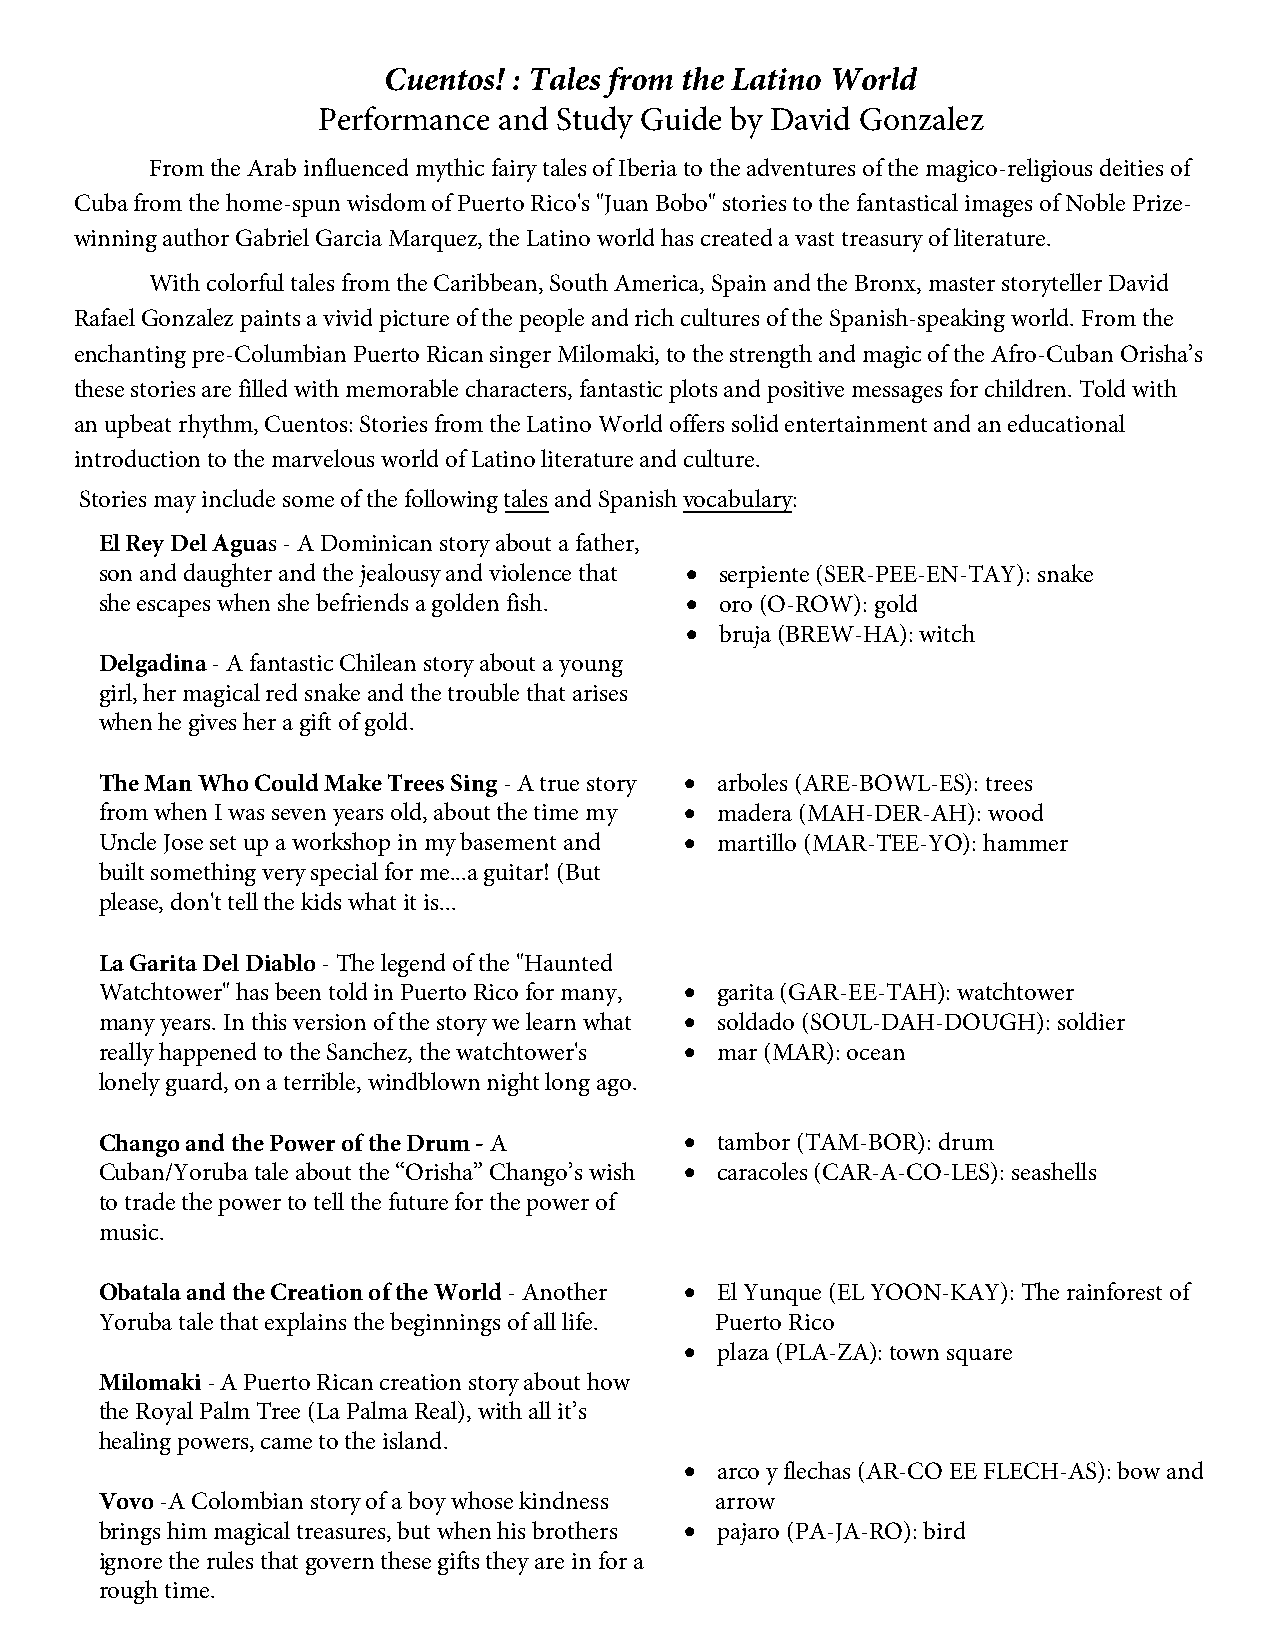
Cuentos! : Tales from the Latino World
 Performance and Study Guide by David Gonzalez
 From the Arab influenced mythic fairy tales of Iberia to the adventures of the magico-religious deities of
 Cuba from the home-spun wisdom of Puerto Rico's "Juan Bobo" stories to the fantastical images of Noble Prize-
 winning author Gabriel Garcia Marquez, the Latino world has created a vast treasury of literature.
 With colorful tales from the Caribbean, South America, Spain and the Bronx, master storyteller David
 Rafael Gonzalez paints a vivid picture of the people and rich cultures of the Spanish-speaking world. From the
 enchanting pre-Columbian Puerto Rican singer Milomaki, to the strength and magic of the Afro-Cuban Orisha’s
 these stories are filled with memorable characters, fantastic plots and positive messages for children. Told with
 an upbeat rhythm, Cuentos: Stories from the Latino World offers solid entertainment and an educational
 introduction to the marvelous world of Latino literature and culture.
 Stories may include some of the following tales and Spanish vocabulary:
 El Rey Del Aguas - A Dominican story about a father,
 son and daughter and the jealousy and violence that • serpiente (SER-PEE-EN-TAY): snake
 she escapes when she befriends a golden fish. • oro (O-ROW): gold
 •  bruja (BREW-HA): witch
 Delgadina - A fantastic Chilean story about a young
 girl, her magical red snake and the trouble that arises
 when he gives her a gift of gold.
 The Man Who Could Make Trees Sing - A true story • arboles (ARE-BOWL-ES): trees
 from when I was seven years old, about the time my • madera (MAH-DER-AH): wood
 Uncle Jose set up a workshop in my basement and • martillo (MAR-TEE-YO): hammer
 built something very special for me...a guitar! (But
 please, don't tell the kids what it is...
 La Garita Del Diablo - The legend of the "Haunted
 Watchtower" has been told in Puerto Rico for many, • garita (GAR-EE-TAH): watchtower
 many years. In this version of the story we learn what • soldado (SOUL-DAH-DOUGH): soldier
 really happened to the Sanchez, the watchtower's • mar (MAR): ocean
 lonely guard, on a terrible, windblown night long ago.
 Chango and the Power of the Drum - A  • tambor (TAM-BOR): drum
 Cuban/Yoruba tale about the “Orisha” Chango’s wish • caracoles (CAR-A-CO-LES): seashells
 to trade the power to tell the future for the power of
 music.
 Obatala and the Creation of the World - Another • El Yunque (EL YOON-KAY): The rainforest of
 Yoruba tale that explains the beginnings of all life. Puerto Rico
 • plaza (PLA-ZA): town square
 Milomaki - A Puerto Rican creation story about how
 the Royal Palm Tree (La Palma Real), with all it’s
 healing powers, came to the island.
 • arco y flechas (AR-CO EE FLECH-AS): bow and
 Vovo -A Colombian story of a boy whose kindness arrow
 brings him magical treasures, but when his brothers • pajaro (PA-JA-RO): bird
 ignore the rules that govern these gifts they are in for a
 rough time.